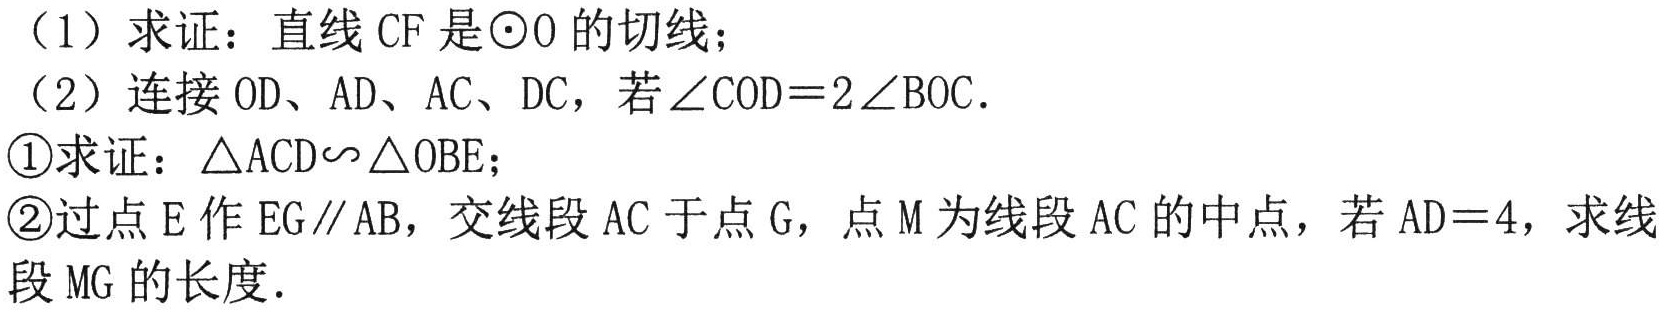
（1）求证：直线 \(CF\) 是\(\odot O\) 的切线；
（2）连接 \(OD\)、\(AD\)、\(AC\)、\(DC\)，若\(\angle COD = 2\angle BOC\)．
\textcircled{1}求证：\(\triangle ACD\sim\triangle OBE\)；
\textcircled{2}过点 \(E\) 作 \(EG\parallel AB\)，交线段 \(AC\) 于点 \(G\)，点 \(M\) 为线段 \(AC\) 的中点，若 \(AD = 4\)，求线段 \(MG\) 的长度．